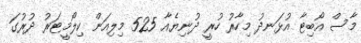
މާސް އޯބިޓާ އުޅަނދު މިހާރު ހުރީ ދުނިޔެއާ 525 މިލިއަން ކިލޯމީޓަރު ދުރުގަ